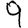
Digit: 9